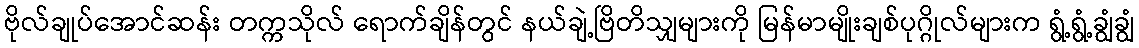
ဗိုလ်ချုပ်အောင်ဆန်း တက္ကသိုလ် ရောက်ချိန်တွင် နယ်ချဲ့ဗြိတိသျှများကို မြန်မာမျိုးချစ်ပုဂ္ဂိုလ်များက ရွံ့ရွံ့ချွံချွံ